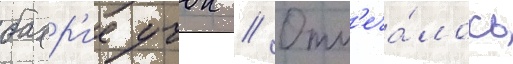
бахр'ие учок // Отм'еча́лось